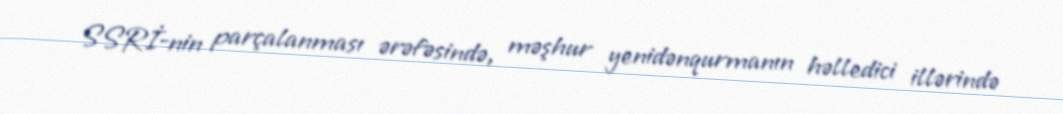
SSRİ-nin parçalanması ərəfəsində, məşhur yenidənqurmanın həlledici illərində